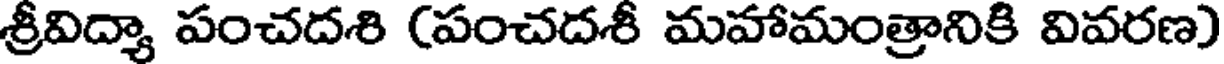
శ్రీవిద్యా పంచదశి (పంచదశీ మహామంత్రానికి వివరణ)